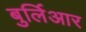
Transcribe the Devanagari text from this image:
बुर्लिआर